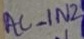
Text: AC_IN2